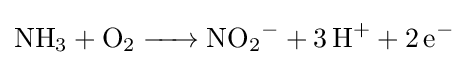
{\ce {NH3 + O2 -> NO2- + 3H+ + 2e-}}